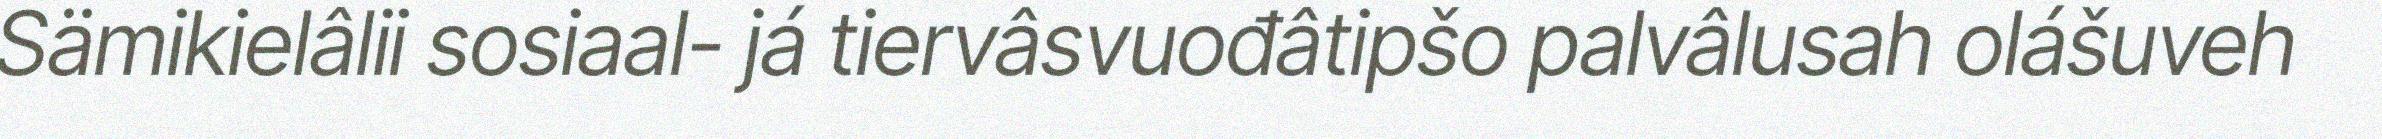
Sämikielâlii sosiaal- já tiervâsvuođâtipšo palvâlusah olášuveh